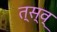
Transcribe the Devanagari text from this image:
त्स्व्